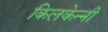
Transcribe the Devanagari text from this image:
किलकेन्नी